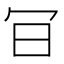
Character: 𠕾